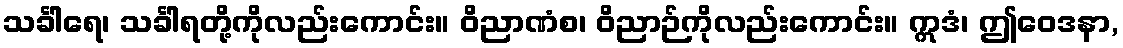
သင်္ခါရေ၊ သင်္ခါရတို့ကိုလည်းကောင်း။ ဝိညာဏံစ၊ ဝိညာဉ်ကိုလည်းကောင်း။ ဣဒံ၊ ဤဝေဒနာ,